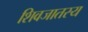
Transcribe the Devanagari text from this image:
शिवजातस्य